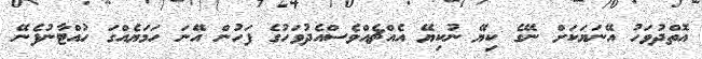
އޮތްދުވަހު އޭނަޔަކަށް ނޭގެ ކިޔޭ ނުކިޔޭ އެއްޗެއްވެސްއެދުވަހުގެ ފަހުން އޭނަ ހަމަޔެއްގަ ހުއްޓާނުފެނޭ